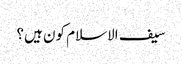
سیف الاسلام کون ہیں؟